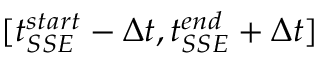
[ t _ { S S E } ^ { s t a r t } - \Delta t , t _ { S S E } ^ { e n d } + \Delta t ]